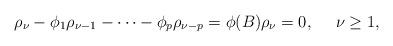
LaTeX: \begin{align*}\rho_{\nu}-\phi_1 \rho_{\nu-1}-\cdots-\phi_p\rho_{\nu-p}=\phi(B)\rho_{\nu}=0, \ \ \ \ \nu \geq 1,\end{align*}